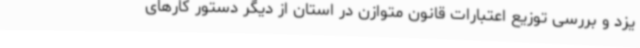
یزد و بررسی توزیع اعتبارات قانون متوازن در استان از دیگر دستور کارهای